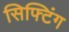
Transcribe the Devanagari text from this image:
सिफ्टिंग